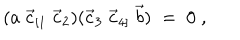
( a \; \vec { c } _ { [ 1 } \; \vec { c } _ { 2 } ) ( \vec { c } _ { 3 } \; \vec { c } _ { 4 ] } \; \vec { b } ) \; = \; 0 \; ,